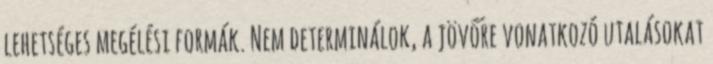
lehetséges megélési formák. Nem determinálok, a jövőre vonatkozó utalásokat